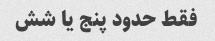
فقط حدود پنج یا شش